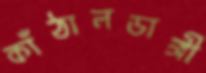
কাঁঠালডাঙ্গী